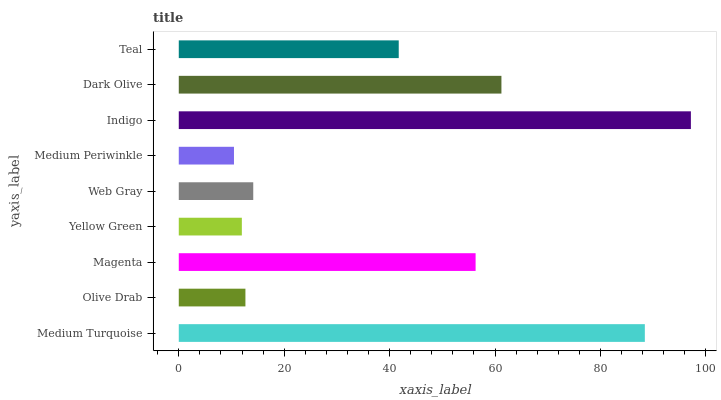
| yaxis_label | bars |
 | --- | --- |
 | Medium Turquoise | 88.4 |
 | Olive Drab | 12.6 |
 | Magenta | 56.3 |
 | Yellow Green | 12 |
 | Web Gray | 14.1 |
 | Medium Periwinkle | 10.5 |
 | Indigo | 97.2 |
 | Dark Olive | 61.2 |
 | Teal | 41.7 |